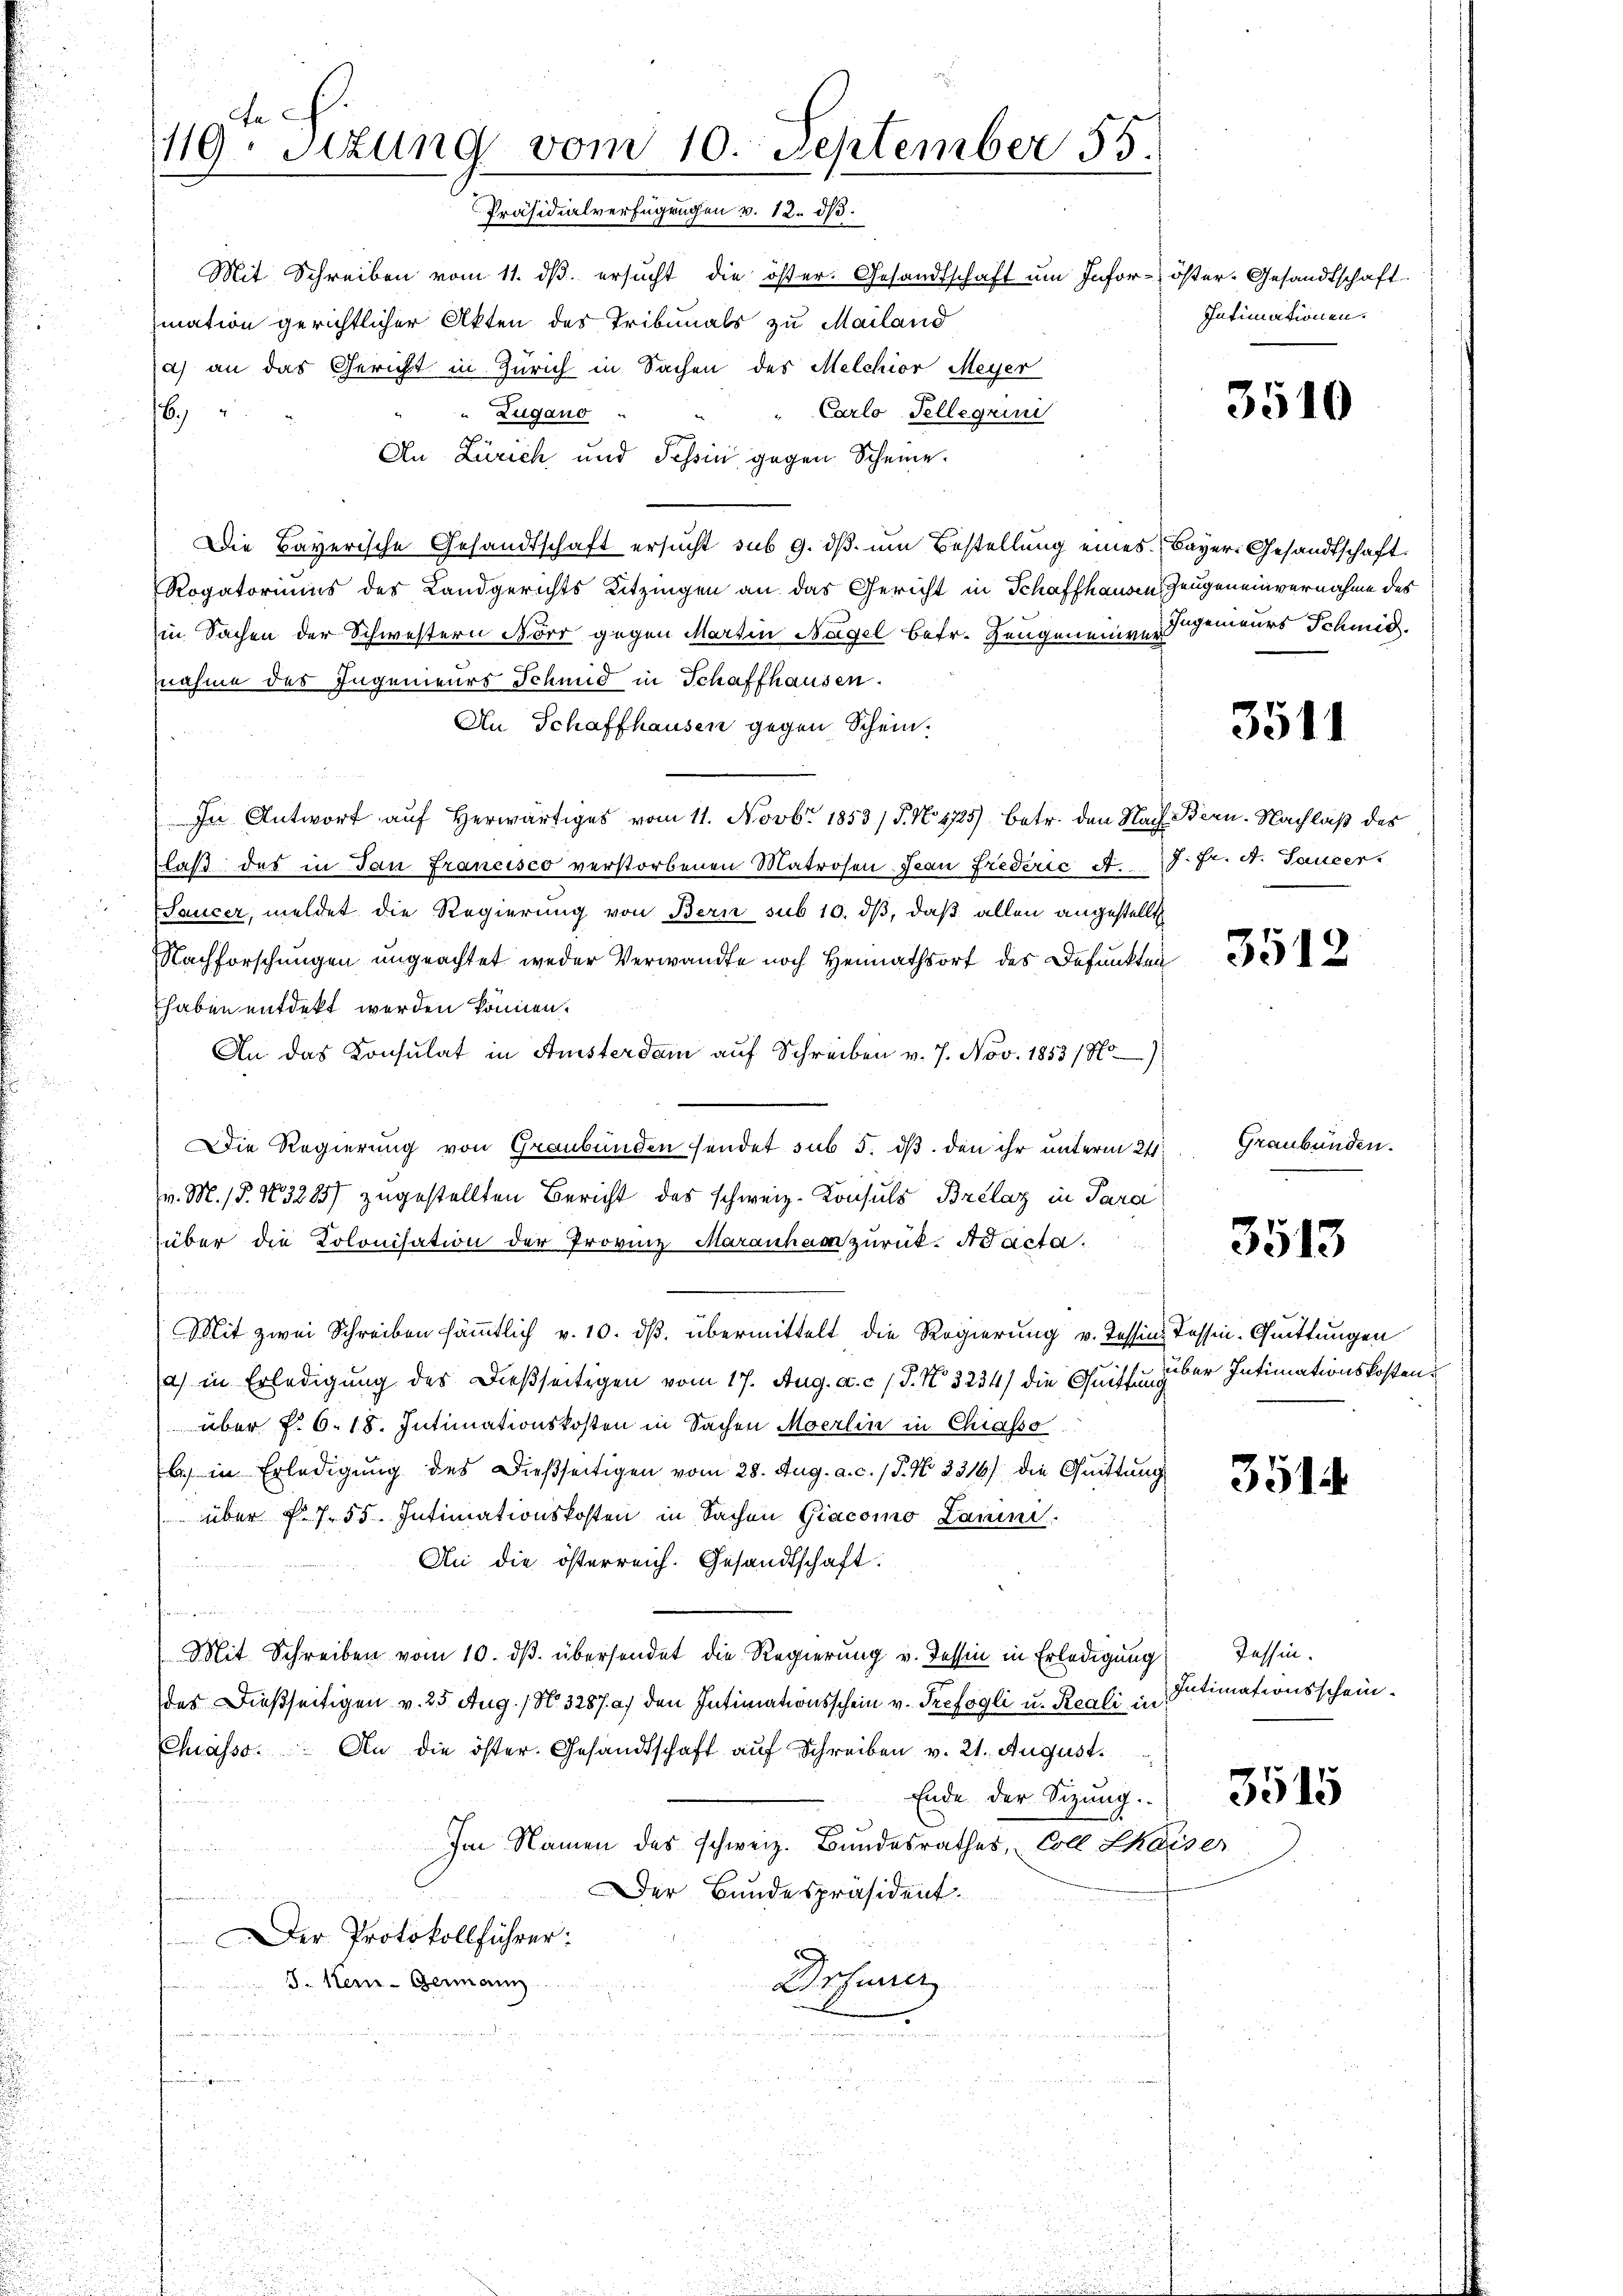
ch
119. Sizung vom 10. September 55
Präsidialverfügungen v. 12. dβ.

Mit Schreiben vom 11. dβ ersucht die öster. Gesandtschaft um Infor- öster-Gesandtschaft
mation gerichtlicher Akten des Tribunals zu Mailand
a) an das Gericht in Zürich in Sachen des Melchior Meyer
16
" Carlo Tellegrun
Zugano
An Zürich und Tessin gegen Scheine.
Die Bayerische Gesandtschaft ersucht sub 9. dβ um Bestellung eines Bayers Gesandtschaft
Rogatoriums des Landgerichts Kitzingen an das Gericht in Schaffhausen Zeugeneinvernahme des
in Sachen der Schwestern Nörr gegen Martin Nagel betr. Zeugeneiger genieurs Schmid.
nahme des Ingenieurs Schmid in Schaffhausen.
An Schaffhausen gegen Schein.
In Antwort auf Herwärtiges vom 11. Novbr 1853 / P. No. 4725), betr. den Nach Bern-Nachlaß des
laß des in dan Francisco verstorbenen Matrosen Jean Frederić A.J. fr. A. Saucer
Saucer, meldet die Regierung von Bern sub 10. dβ, daß allen angestellt
Nachforschungen ungeachtet weder Verwandte noch Heimathsort des Befunkten
haben entdekt werden können.
An das Konsulat in Ansterdam aŭf Schreiben v. 7. Nov. 1883/8
Die Regierung von Graubünden sendet sub 5. dß. den ihr unterm 24t
v. M. (§. 103285) zugestellten Bericht des schweiz. Konsuls Brelaz in Para
über die Kolonisation der Provinz Maranham zurück. Ad acta.

it zwei Schreiben sämmtlich v. 10. dß. übermittelt die Regierung v. Tessin, Tessin-Quittungen
a) in Erledigung des Dießseitigen vom 17. Aug. a. c. (T. K. 3234) die Quittung
über §. 6. 18. Intimationskosten in Sachen Moerlin in Chiasso
) in Erledigung des Dießseitigen vom 28. Aug. a. c. (T. N. 2316/ die Quittung
 über f. 755. Intimationskosten in Sachen Giacomo Lamini
An die österreich. Gesandtschaft.
mnen an

Mit Schreiben vom 10. ds. übersendet die Regierung v. Tessin in Erledigung
das dießseitigen v. 25 Aug. / N. 3287. a) den Intimationsschein v. Trefogli u. Reali, in
Chasso. An die öster. Gesandtschaft auf Schreiben v. 21. August.
Ende der Sizung.
Im Namen des schweiz. Bŭndesrathes Coll Chaiser
u
Der Bundespräsident.
DDer Protokollführer:
Drsuner
J. Kei-Germann

Intimationen.

3510

3511

3512

Graubünden.

3513

guber Intimationskostens
.

3514

Tessin.
Intimationsschein.

3515